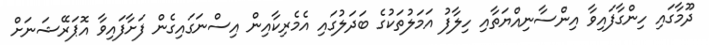
ދޫމާގައި ހިންގާފައިވާ އިންސާނިއްޔަތާއި ހިލާފު އަމަލުތަކުގެ ބަދަލުގައި އެމެރިކާއިން އިސްނަގައިގެން ފަށާފައިވާ އޮޕަރޭޝަނަށް